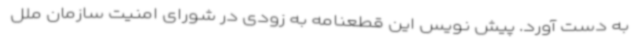
به دست آورد. پیش نویس این قطعنامه به زودی در شورای امنیت سازمان ملل